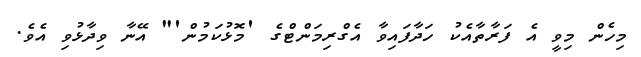
މިހެން މިވީ އެ ފަރާތާއެކު ހަދާފައިވާ އެގްރިމަންޓްގެ 'މޮޅުކަމުން'" އޭނާ ވިދާޅުވި އެވެ.